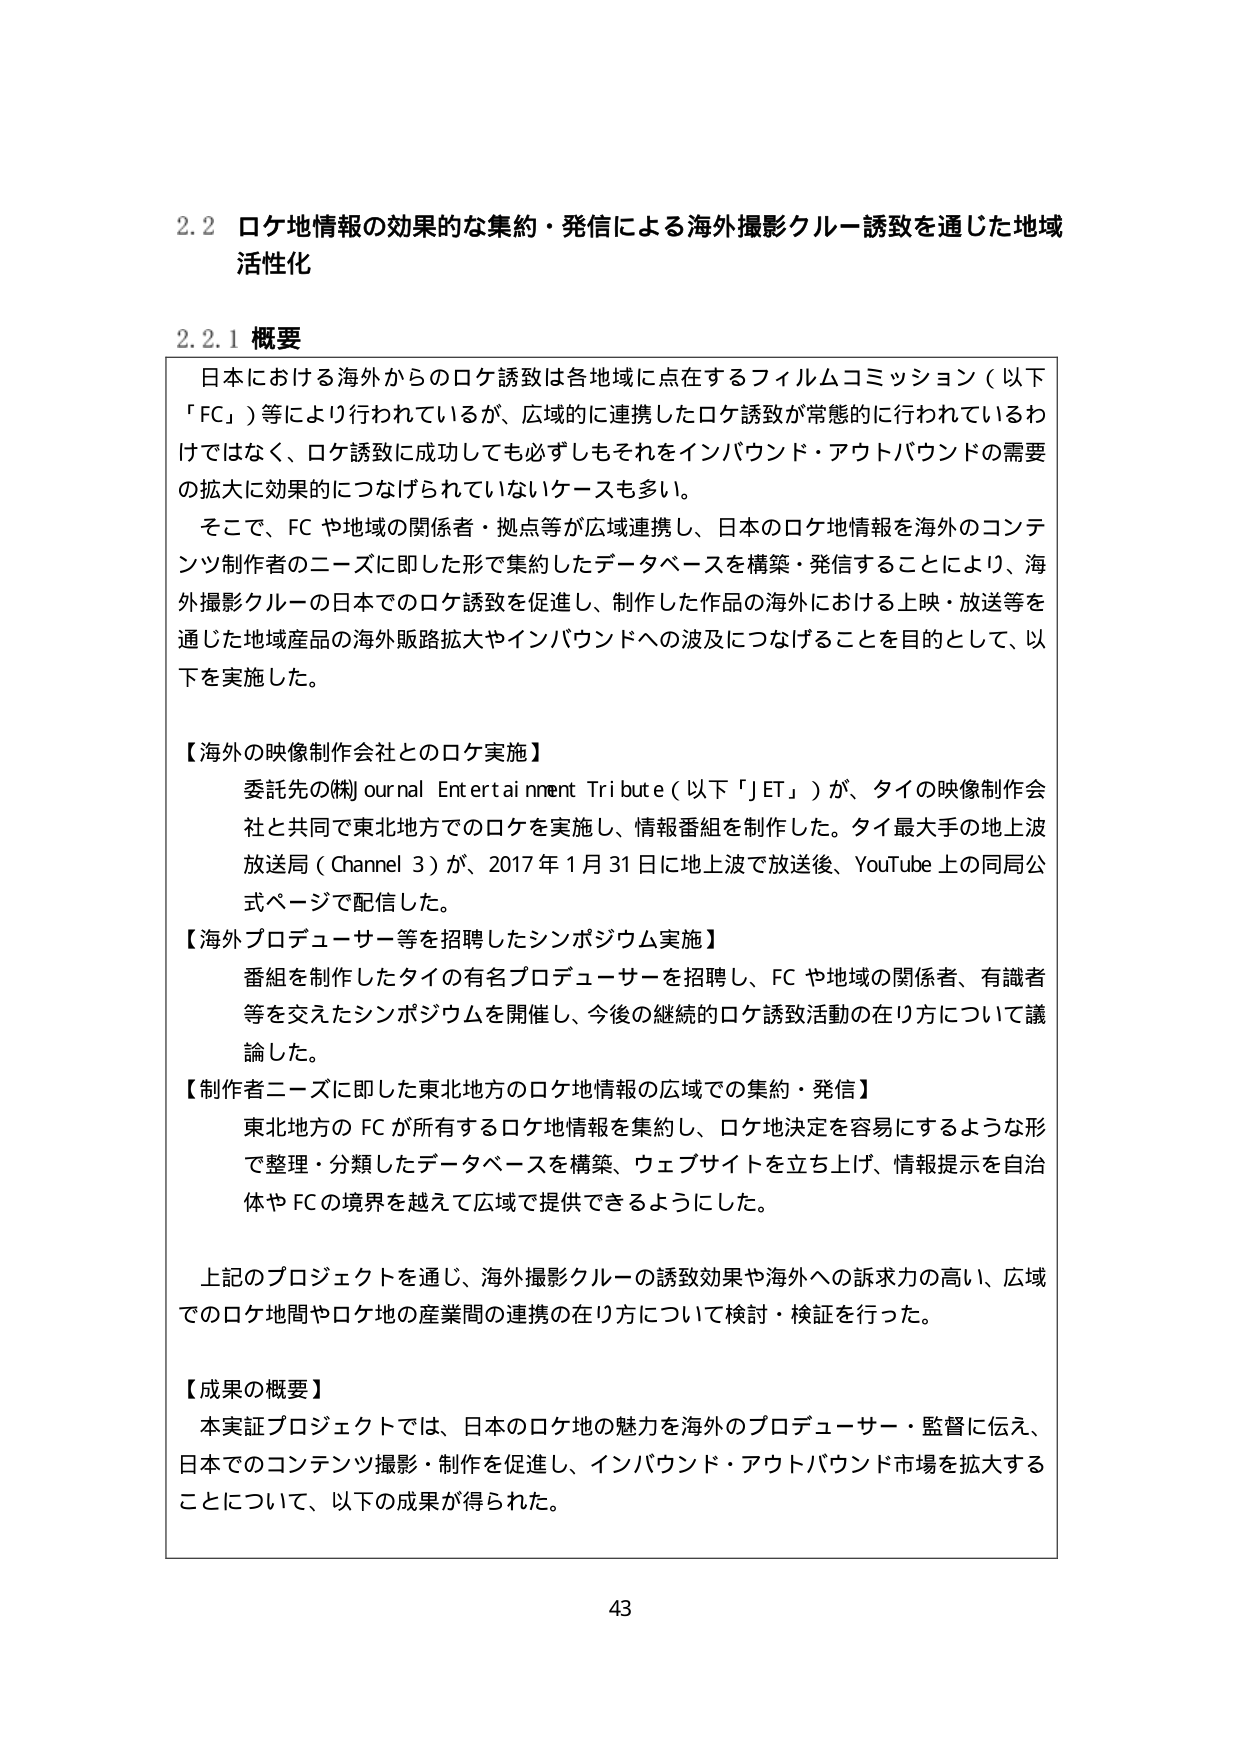
2.2 ロケ地情報の効果的な集約・発信による海外撮影クルー誘致を通じた地域活性化

2.2.1 概要

日本における海外からのロケ誘致は各地域に点在するフィルムコミッション（以下「FC」）等により行われているが、広域的に連携したロケ誘致が常態的に行われているわけではなく、ロケ誘致に成功しても必ずしもそれをインバウンド・アウトバウンドの需要の拡大に効果的につなげられていないケースも多い。

そこで、FC や地域の関係者・拠点等が広域連携し、日本のロケ地情報を海外のコンテンツ制作者のニーズに即した形で集約したデータベースを構築・発信することにより、海外撮影クルーの日本でのロケ誘致を促進し、制作した作品の海外における上映・放送等を通じた地域産品の海外販路拡大やインバウンドへの波及につなげることを目的として、以下を実施した。

【海外の映像制作会社とのロケ実施】
委託先の(株)Journal Entertainment Tribute（以下「JET」）が、タイの映像制作会社と共同で東北地方でのロケを実施し、情報番組を制作した。タイ最大手の地上波放送局（Channel 3）が、2017年1月31日に地上波で放送後、YouTube上の同局公式ページで配信した。

【海外プロデューサー等を招聘したシンポジウム実施】
番組を制作したタイの有名プロデューサーを招聘し、FC や地域の関係者、有識者等を交えたシンポジウムを開催し、今後の継続的ロケ誘致活動の在り方について議論した。

【制作者ニーズに即した東北地方のロケ地情報の広域での集約・発信】
東北地方のFCが所有するロケ地情報を集約し、ロケ地決定を容易にするような形で整理・分類したデータベースを構築、ウェブサイトを立ち上げ、情報提示を自治体やFCの境界を越えて広域で提供できるようにした。

上記のプロジェクトを通じ、海外撮影クルーの誘致効果や海外への訴求力の高い、広域でのロケ地間やロケ地の産業間の連携の在り方について検討・検証を行った。

【成果の概要】
本実証プロジェクトでは、日本のロケ地の魅力を海外のプロデューサー・監督に伝え、日本でのコンテンツ撮影・制作を促進し、インバウンド・アウトバウンド市場を拡大することについて、以下の成果が得られた。

43